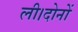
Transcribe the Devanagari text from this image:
ली।दोनों